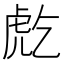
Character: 𧆫